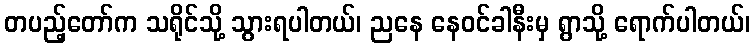
တပည့်တော်က သရိုင်သို့ သွားရပါတယ်၊ ညနေ နေဝင်ခါနီးမှ ရွာသို့ ရောက်ပါတယ်၊